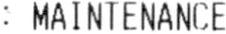
: MAINTENANCE